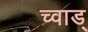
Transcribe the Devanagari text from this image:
च्वाड्